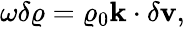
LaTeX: \begin{array}{r}{\omega\delta\varrho=\varrho_{0}\mathbf{k}\cdot\delta\mathbf{v},}\end{array}